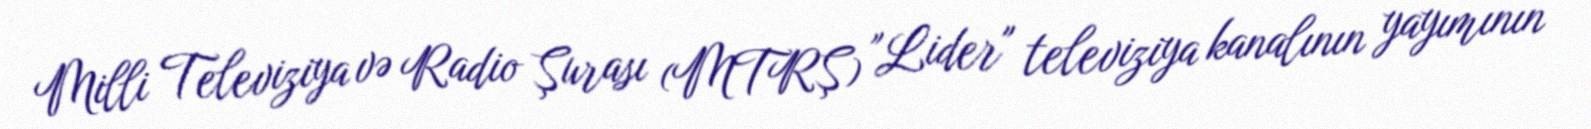
Milli Televiziya və Radio Şurası (MTRŞ) "Lider" televiziya kanalının yayımının